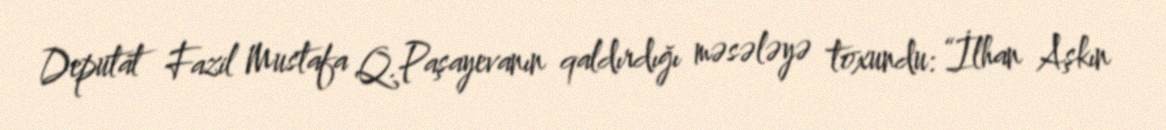
Deputat Fazil Mustafa Q.Paşayevanın qaldırdığı məsələyə toxundu: “İlhan Aşkın